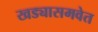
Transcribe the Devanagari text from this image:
खड्यासमवेत